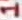
Text: 1